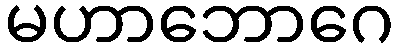
မဟာဘောဂေ